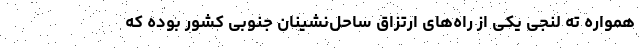
همواره ته لنجی یکی از راه‌های ارتزاق ساحل‌نشینان جنوبی کشور بوده که